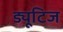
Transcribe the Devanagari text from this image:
ड्यूटिज